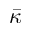
\bar { \kappa }